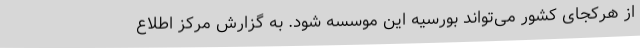
از هرکجای کشور می‌تواند بورسیه این موسسه شود. به گزارش مرکز اطلاع